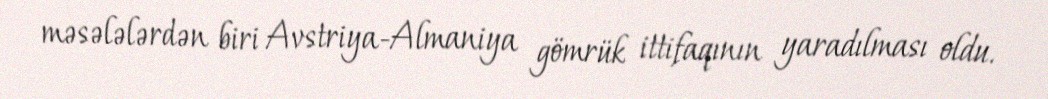
məsələlərdən biri Avstriya-Almaniya gömrük ittifaqının yaradılması oldu.